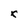
Character: k